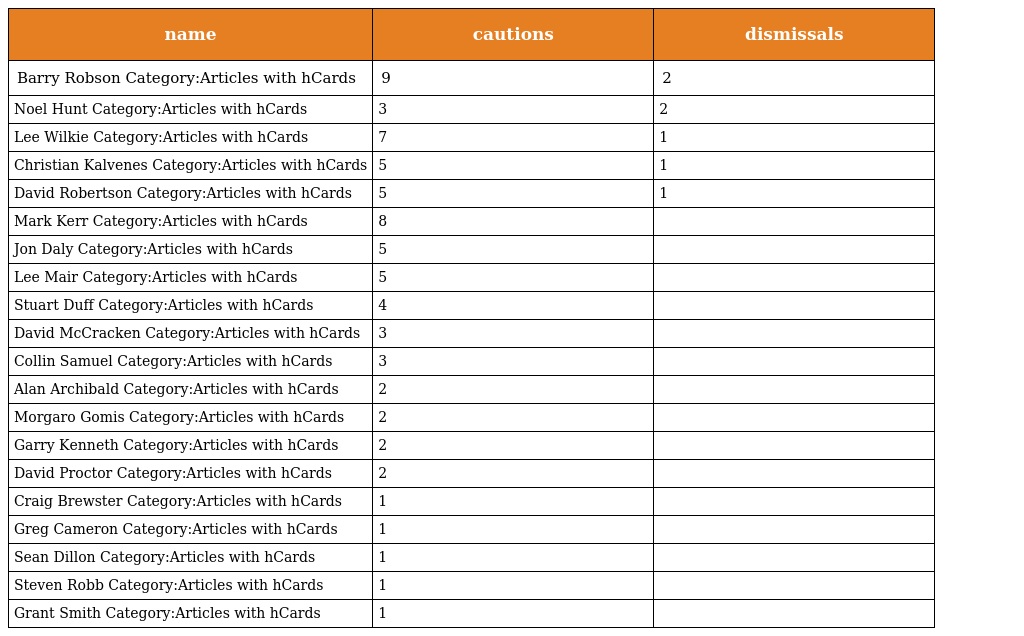
| name | cautions | dismissals |
 | --- | --- | --- |
 | Barry Robson Category:Articles with hCards | 9 | 2 |
 | Noel Hunt Category:Articles with hCards | 3 | 2 |
 | Lee Wilkie Category:Articles with hCards | 7 | 1 |
 | Christian Kalvenes Category:Articles with hCards | 5 | 1 |
 | David Robertson Category:Articles with hCards | 5 | 1 |
 | Mark Kerr Category:Articles with hCards | 8 |  |
 | Jon Daly Category:Articles with hCards | 5 |  |
 | Lee Mair Category:Articles with hCards | 5 |  |
 | Stuart Duff Category:Articles with hCards | 4 |  |
 | David McCracken Category:Articles with hCards | 3 |  |
 | Collin Samuel Category:Articles with hCards | 3 |  |
 | Alan Archibald Category:Articles with hCards | 2 |  |
 | Morgaro Gomis Category:Articles with hCards | 2 |  |
 | Garry Kenneth Category:Articles with hCards | 2 |  |
 | David Proctor Category:Articles with hCards | 2 |  |
 | Craig Brewster Category:Articles with hCards | 1 |  |
 | Greg Cameron Category:Articles with hCards | 1 |  |
 | Sean Dillon Category:Articles with hCards | 1 |  |
 | Steven Robb Category:Articles with hCards | 1 |  |
 | Grant Smith Category:Articles with hCards | 1 |  |